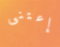
إعتنى